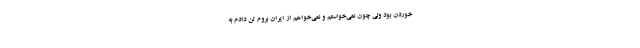
خوردن بود ولی چون نمی‌خواستم و نمی‌خواهم از ایران بروم تن دادم به